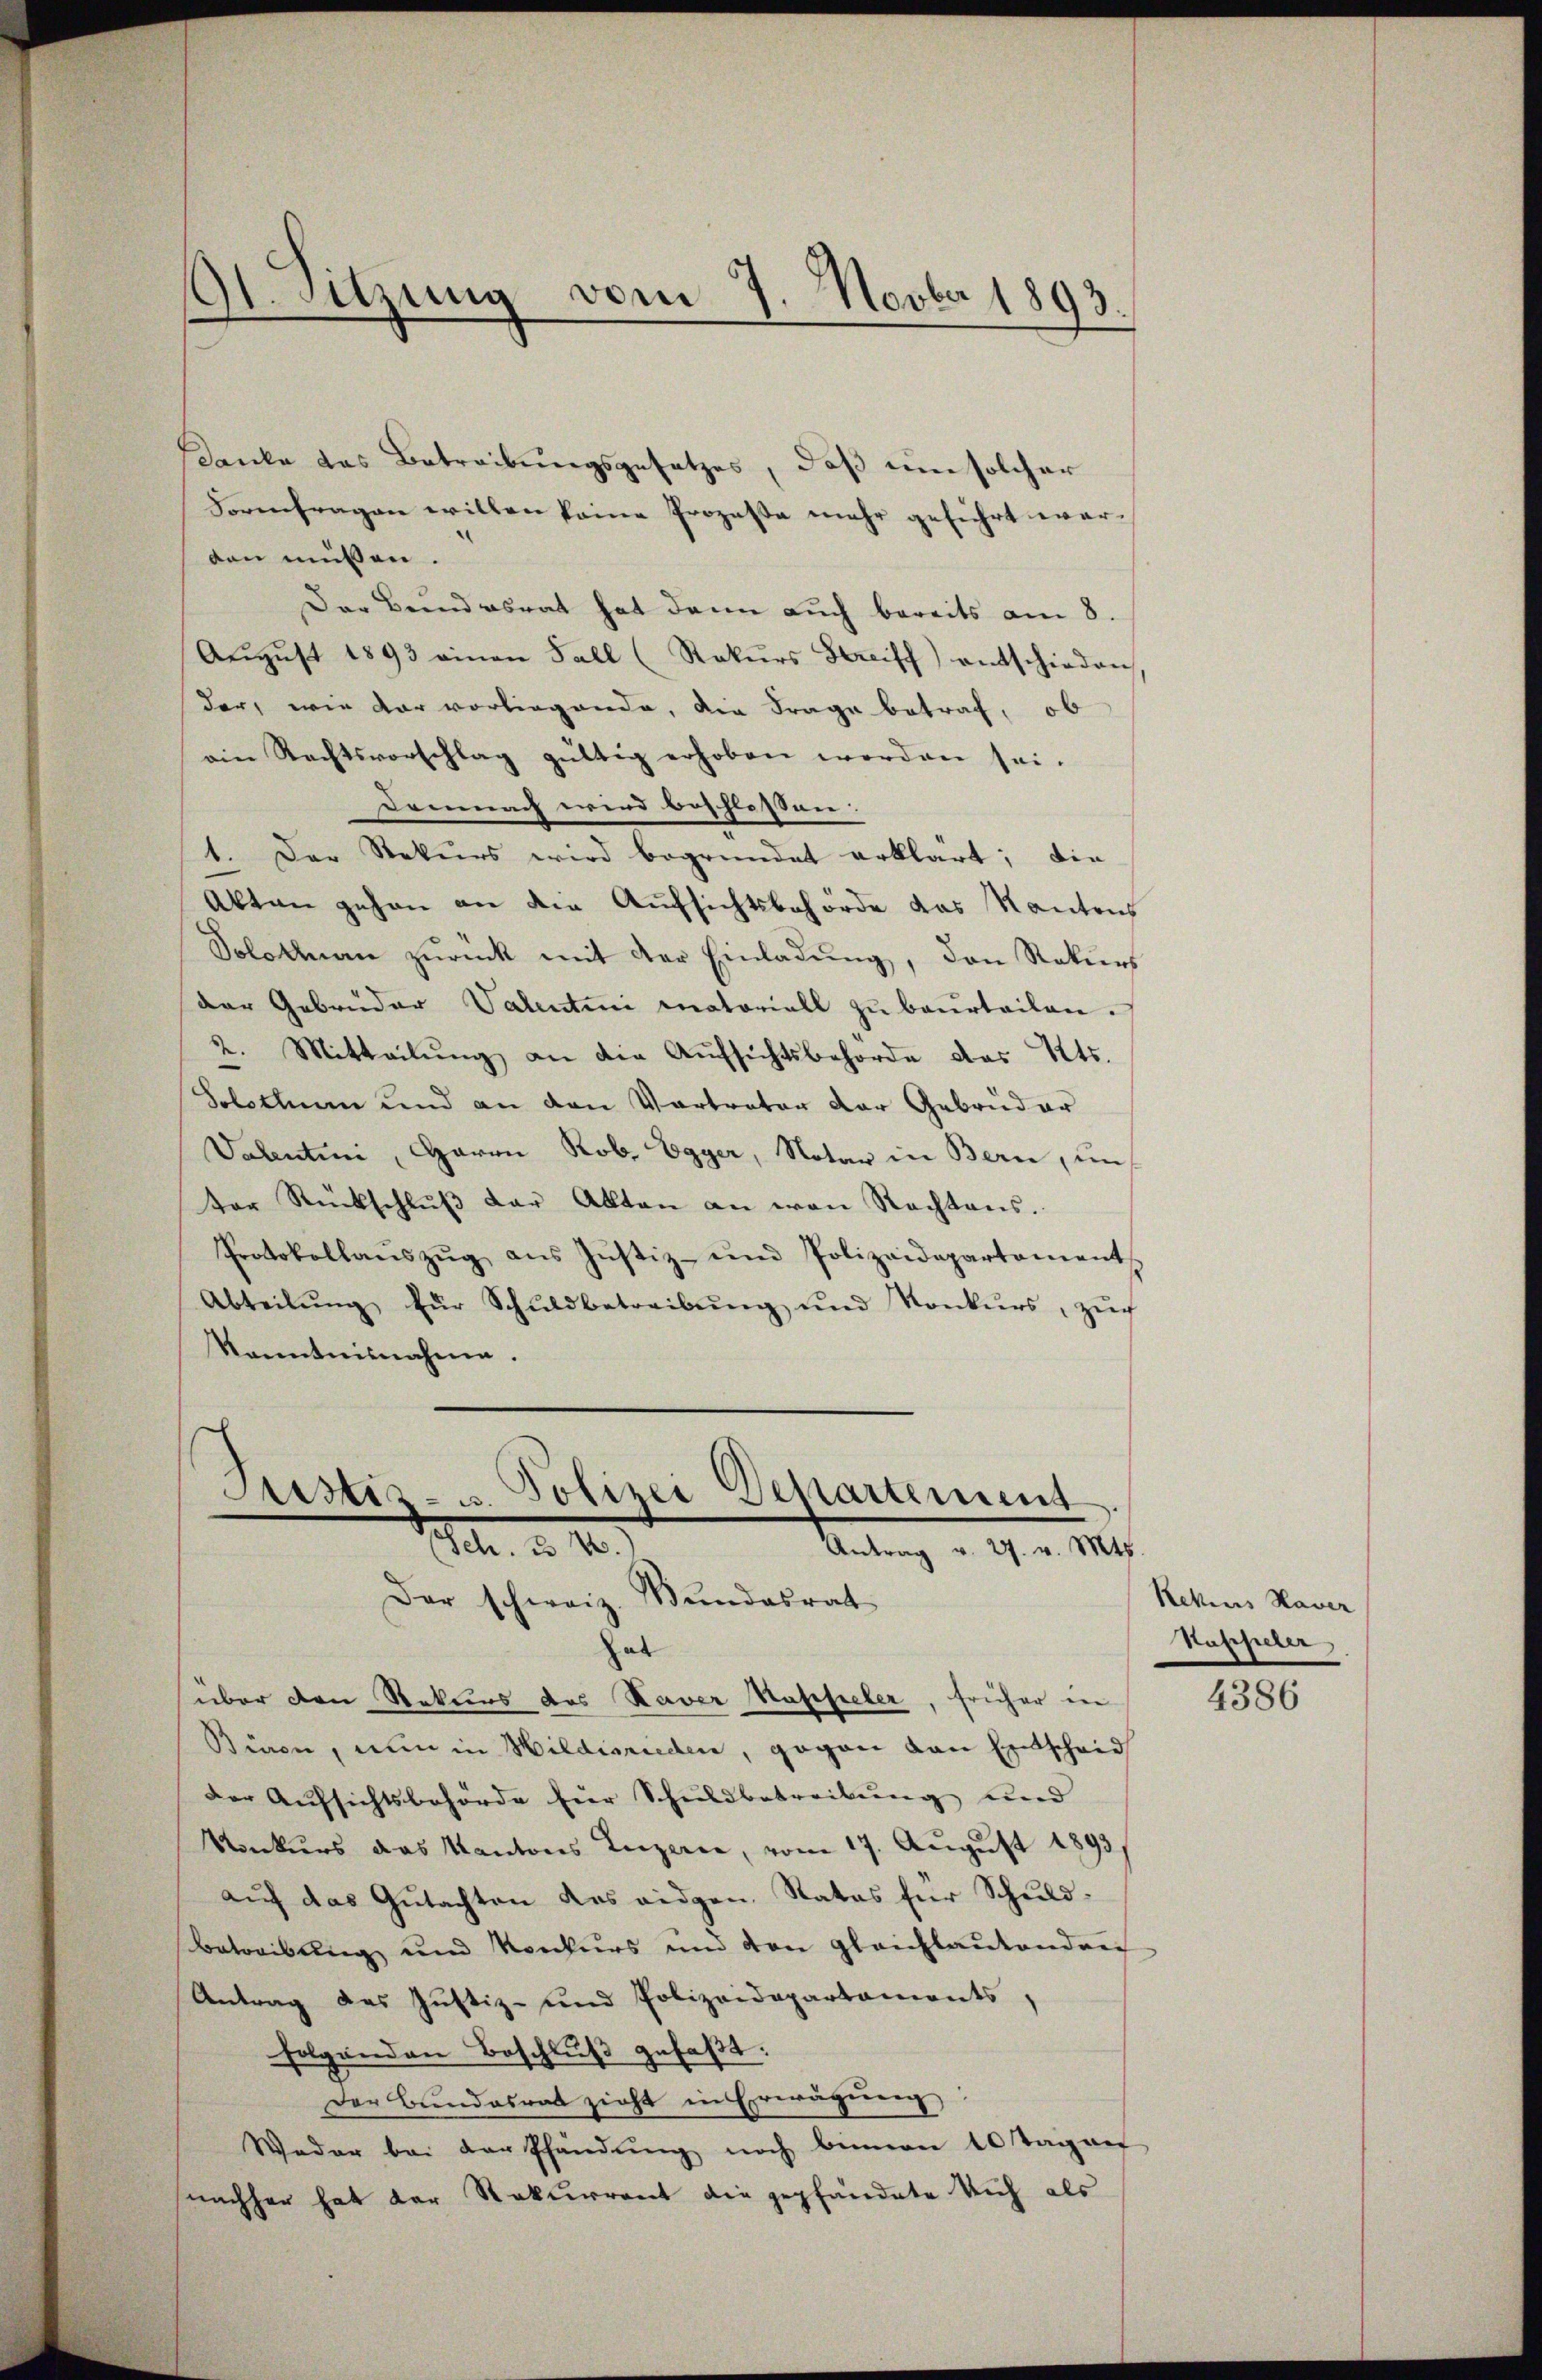
A. Sitzung vom 7. Novber 1893.

danke das Betreibungsgesetzes, daß um solcher
Formfragen willen keine Prozesse mehr geführt werden müßen.
Der Bundesrat hat dann auch bereits am 8.
Aŭgŭst 1893 einen Fall (Rekŭrs Streiff) entschieden
der, wie dar vorliegende, die Frage betrag, ob
ain Rechtsvorschlag gültig erhoben worden sei.
Demnach wird beschlossen:
1. Der Rekurs wird begründet erklärt; die
Akten gehen an die Aufsichtsbehörde das Kantons
Solothurn zŭrück mit der Einladŭng, den Rekurs
der Gebrüder Valentini anatoriall zu beurteilen.
2. Mitteilŭng an die Aŭfsichtsbehörde des Kts.
Solsthum und an den Vertrator der Gebrüder
Valentini, Haron Rob. Egger, Notar in Bern, un
ter Rückschlŭβ der Akten an von Rechtens.
Protokollanszŭg ans Justiz- und Polizeidepartament
Abteilŭng für Schuldbetreibŭng ŭnd Konkurs, zŭch
kanntnisnahme.

Astiz- u. Polizei Departement
G. d. 10.
Autung a. a. a. 1204.
Der schweiz. Bundesrat
hat
über den Rekurs des Kaver Haffieler, früher in

Bieren, nun in Hildisnieden, gegen von Entscheid
der Aufsichtsbehörde für Schuldbetreibung und
Konkurs das Kantons Luzerne, vom 17. August 1893
aŭf das Gutachten das eidgen. Rates für Schuld¬
Betreibung und Konkurs und den gleichlautenden
Antrag das Justiz- und Polizeidepartaments,
folgenden Beschluß gefaßt:
Der Bundesrat zieht in Erwägung
Weder bei der Pfandŭng noch binnen 10 Tagen
nachher hat der Rekurrent die gepfändete sich als

Rekurs Haver
Kappeler,

4386